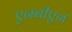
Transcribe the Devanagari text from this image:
एनबीएन